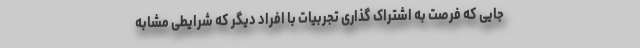
جایی که فرصت به اشتراک گذاری تجربیات با افراد دیگر که شرایطی مشابه